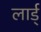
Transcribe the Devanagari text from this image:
लार्ड्‌